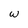
Character: w